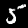
Digit: 5